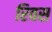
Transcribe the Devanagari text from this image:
रिवस